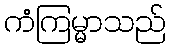
ကံကြမ္မာသည်